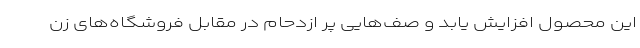
این محصول افزایش یابد و صف‌هایی پر ازدحام در مقابل فروشگاه‌های زن